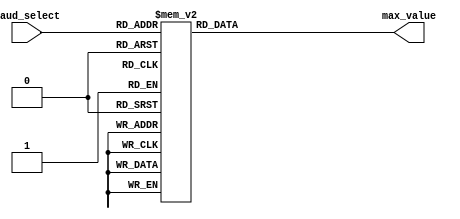
`timescale 1ns / 1ps
//////////////////////////////////////////////////////////////////////////////////
// Company: 
// Engineer: 
// 
// Design Name: 
// Module Name: baudSelection
// Project Name: 
// Target Devices: 
// Tool Versions: 
// Description: 
// 
// Dependencies: 
// 
// Revision:
// Revision 0.01 - File Created
// Additional Comments:
// 
//////////////////////////////////////////////////////////////////////////////////


module baudSelection(baud_select, max_value);
    
    input [2:0] baud_select;
    output [15:0] max_value;
    reg [15:0] max_value;
    
    always@(baud_select)
    begin
        case(baud_select)
            0: max_value = 16'b0101000101100001;
            1: max_value = 16'b0001010001011000;
            2: max_value = 16'b0000010100010110;
            3: max_value = 16'b0000001010001011;
            4: max_value = 16'b0000000101000101;
            5: max_value = 16'b0000000010100010;
            6: max_value = 16'b0000000001101100;
            7: max_value = 16'b0000000000110110;
        endcase
    end

endmodule